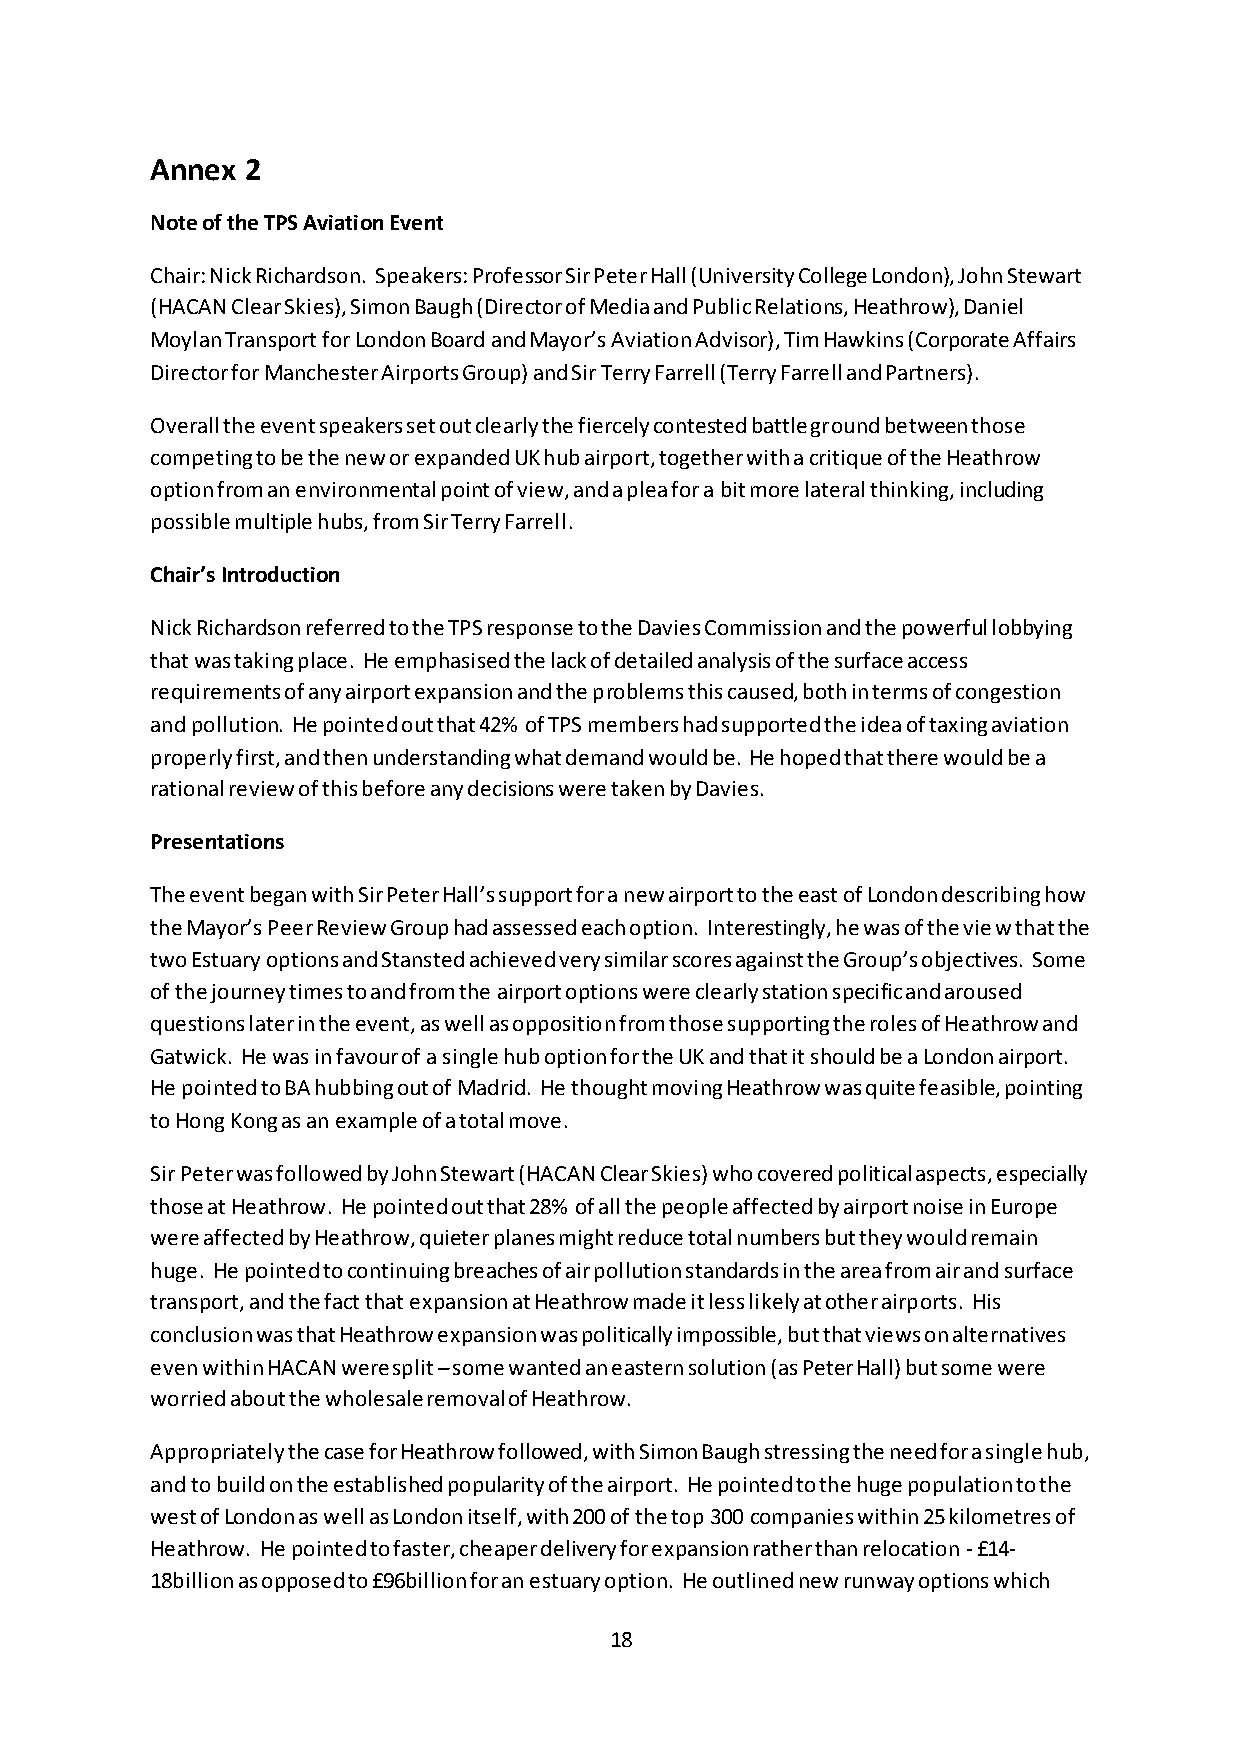
Annex 2
 Note of the TPS Aviation Event
 Chair: Nick Richardson. Speakers: Professor Sir Peter Hall (University College London), John Stewart
 (HACAN Clear Skies), Simon Baugh (Director of Media and Public Relations, Heathrow), Daniel
 Moylan Transport for London Board and Mayor’s Aviation Advisor), Tim Hawkins (Corporate Affairs
 Director for Manchester Airports Group) and Sir Terry Farrell (Terry Farrell and Partners).
 Overall the event speakers set out clearly the fiercely contested battle ground between those
 competing to be the new or expanded UK hub airport, together with a critique of the Heathrow
 option from an environmental point of view, and a plea for a bit more lateral thinking, including
 possible multiple hubs, from Sir Terry Farrell.
 Chair’s Introduction
 Nick Richardson referred to the TPS response to the Davies Commission and the powerful lobbying
 that was taking place. He emphasised the lack of detailed analysis of the surface access
 requirements of any airport expansion and the problems this caused, both in terms of congestion
 and pollution. He pointed out that 42% of TPS members had supported the idea of taxing aviation
 properly first, and then understanding what demand would be. He hoped that there would be a
 rational review of this before any decisions were taken by Davies.
 Presentations
 The event began with Sir Peter Hall’s support for a new airport to the east of London describing how
 the Mayor’s Peer Review Group had assessed each option. Interestingly, he was of the view that the
 two Estuary options and Stansted achieved very similar scores against the Group’s objectives. Some
 of the journey times to and from the airport options were clearly station specific and aroused
 questions later in the event, as well as opposition from those supporting the roles of Heathrow and
 Gatwick. He was in favour of a single hub option for the UK and that it should be a London airport.
 He pointed to BA hubbing out of Madrid. He thought moving Heathrow was quite feasible, pointing
 to Hong Kong as an example of a total move.
 Sir Peter was followed by John Stewart (HACAN Clear Skies) who covered political aspects, especially
 those at Heathrow. He pointed out that 28% of all the people affected by airport noise in Europe
 were affected by Heathrow, quieter planes might reduce total numbers but they would remain
 huge. He pointed to continuing breaches of air pollution standards in the area from air and surface
 transport, and the fact that expansion at Heathrow made it less likely at other airports. His
 conclusion was that Heathrow expansion was politically impossible, but that views on alternatives
 even within HACAN were split – some wanted an eastern solution (as Peter Hall) but some were
 worried about the wholesale removal of Heathrow.
 Appropriately the case for Heathrow followed, with Simon Baugh stressing the need for a single hub,
 and to build on the established popularity of the airport. He pointed to the huge population to the
 west of London as well as London itself, with 200 of the top 300 companies within 25 kilometres of
 Heathrow. He pointed to faster, cheaper delivery for expansion rather than relocation - £14-
 18billion as opposed to £96billion for an estuary option. He outlined new runway options which
 18